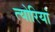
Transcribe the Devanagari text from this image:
त्योरियां